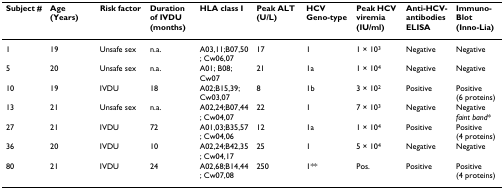
<table><thead><tr><td><b>Subject #</b></td><td><b>Age (Years)</b></td><td><b>Risk factor</b></td><td><b>Duration of IVDU (months)</b></td><td><b>HLA class I</b></td><td><b>Peak ALT (U/L)</b></td><td><b>HCV Geno-type</b></td><td><b>Peak HCV viremia (IU/ml)</b></td><td><b>Anti-HCV-antibodies ELISA</b></td><td><b>Immuno- Blot (Inno-Lia)</b></td></tr></thead><tbody><tr><td>1</td><td>19</td><td>Unsafe sex</td><td>n.a.</td><td>A03,11;B07,50; Cw06,07</td><td>17</td><td>1</td><td>1 × 10<sup>3</sup></td><td>Negative</td><td>Negative</td></tr><tr><td>5</td><td>20</td><td>Unsafe sex</td><td>n.a.</td><td>A01; B08; Cw07</td><td>21</td><td>1a</td><td>1 × 10<sup>4</sup></td><td>Negative</td><td>Negative</td></tr><tr><td>10</td><td>19</td><td>IVDU</td><td>18</td><td>A02;B15,39; Cw03,07</td><td>8</td><td>1b</td><td>3 × 10<sup>2</sup></td><td>Positive</td><td>Positive (6 proteins)</td></tr><tr><td>13</td><td>21</td><td>Unsafe sex</td><td>n.a.</td><td>A02,24;B07,44; Cw04,07</td><td>22</td><td>1</td><td>7 × 10<sup>3</sup></td><td>Negative</td><td>Negative <i>faint band</i>*</td></tr><tr><td>27</td><td>21</td><td>IVDU</td><td>72</td><td>A01,03;B35,57; Cw04,06</td><td>12</td><td>1a</td><td>1 × 10<sup>4</sup></td><td>Positive</td><td>Positive (4 proteins)</td></tr><tr><td>36</td><td>20</td><td>IVDU</td><td>10</td><td>A02,24;B42,35; Cw04,17</td><td>25</td><td>1</td><td>5 × 10<sup>4</sup></td><td>Negative</td><td>Negative</td></tr><tr><td>80</td><td>21</td><td>IVDU</td><td>24</td><td>A02,68;B14,44; Cw07,08</td><td>250</td><td>1**</td><td>Pos.</td><td>Positive</td><td>Positive (4 proteins)</td></tr></tbody></table>